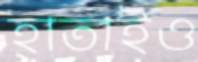
হাতাইও